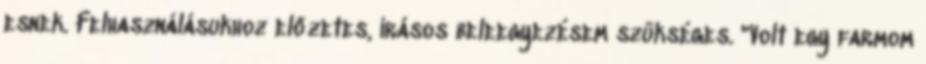
esnek. Felhasználásukhoz előzetes, írásos beleegyezésem szükséges. "Volt egy farmom